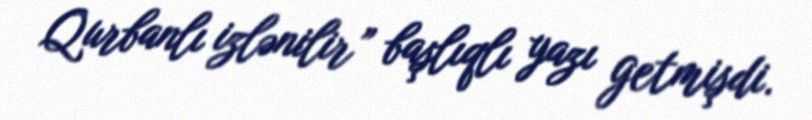
Qurbanlı izlənilir” başlıqlı yazı getmişdi.